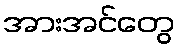
အားအင်တွေ